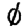
Digit: 0